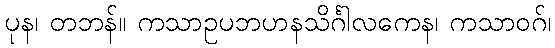
ပုန၊ တဘန်။ ကသာဥပဘဟနသိင်္ဂါလကေန၊ ကသာဝဂ်၊